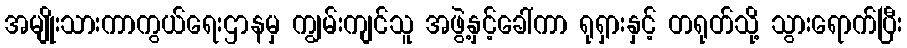
အမျိုးသားကာကွယ်ရေးဌာနမှ ကျွမ်းကျင်သူ အဖွဲ့နှင့်ခေါ်ကာ ရုရှားနှင့် တရုတ်သို့ သွားရောက်ပြီး